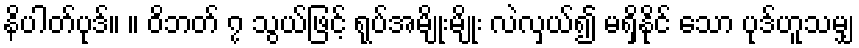
နိပါတ်ပုဒ်။ ။ ဝိဘတ် ၇ သွယ်ဖြင့် ရုပ်အမျိုးမျိုး လဲလှယ်၍ မရှိနိုင် သော ပုဒ်ဟူသမျှ